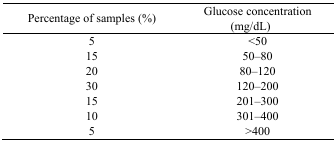
<table><thead><tr><td><b>Percentage of samples (%)</b></td><td><b>Glucose concentration (mg/dL)</b></td></tr></thead><tbody><tr><td>5</td><td>&lt;50</td></tr><tr><td>15</td><td>50–80</td></tr><tr><td>20</td><td>80–120</td></tr><tr><td>30</td><td>120–200</td></tr><tr><td>15</td><td>201–300</td></tr><tr><td>10</td><td>301–400</td></tr><tr><td>5</td><td>&gt;400</td></tr></tbody></table>